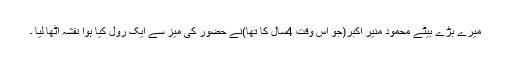
میرے بڑے بیٹے محمود منیر اکبر(جو اس وقت 4سال کا تھا)نے حضور کی میز سے ایک رول کیا ہوا نقشہ اٹھا لیا ۔